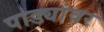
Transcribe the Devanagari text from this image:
पाड्यांवर